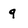
Character: q